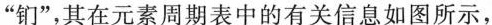
“钔”，其在元素周期表中的有关信息如图所示，